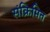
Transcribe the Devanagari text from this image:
संक्रिमित